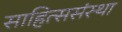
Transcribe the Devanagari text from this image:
साहित्ससंस्था